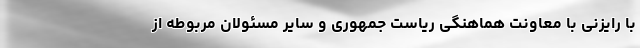
با رایزنی با معاونت هماهنگی ریاست جمهوری و سایر مسئولان مربوطه از